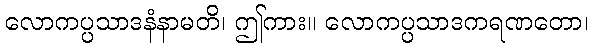
လောကပ္ပသာဒနံနာမတိ၊ ဤကား။ လောကပ္ပသာဒကရဏတော၊